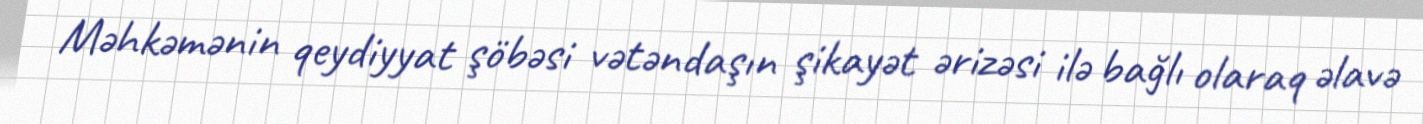
Məhkəmənin qeydiyyat şöbəsi vətəndaşın şikayət ərizəsi ilə bağlı olaraq əlavə